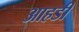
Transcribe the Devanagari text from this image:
आहडी